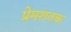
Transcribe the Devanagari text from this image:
प्रेमशतक